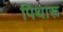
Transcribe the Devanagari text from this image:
पिथारू